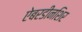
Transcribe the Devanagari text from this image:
ऐबरडीनशिर